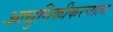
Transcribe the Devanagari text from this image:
आधुनिकीकरणाला